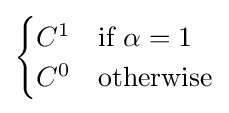
{\begin{cases}C^{1}&{\text{if }}\alpha =1\\C^{0}&{\text{otherwise}}\end{cases}}